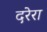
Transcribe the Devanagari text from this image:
दरेरा